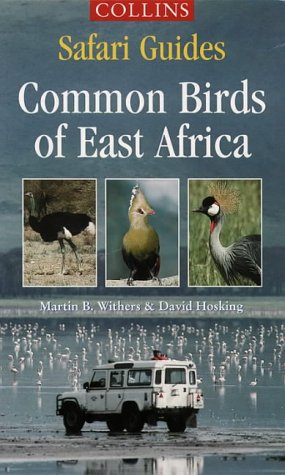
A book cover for Common Birds of East Africa (Collins Safari Guides); David Hosking; Travel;